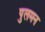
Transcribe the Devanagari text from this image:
पुलमन